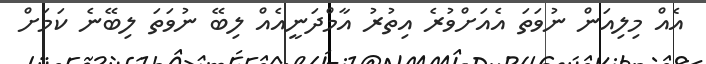
އެއް މިލިއަން ނުވަތަ އެއަށްވުރެ އިތުރު އާމްދަނީއެއް ލިބޭ ނުވަތަ ލިބޭނެ ކަމަށް